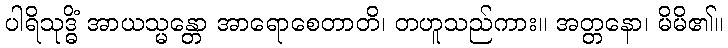
ပါရိသုဒ္ဓိံ အာယသ္မန္တော အာရောစေတာတိ၊ တဟူသည်ကား။ အတ္တနော၊ မိမိ၏။